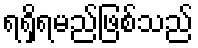
ရရှိရမည်ဖြစ်သည်